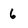
Character: 6